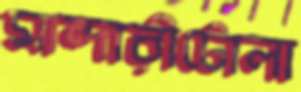
মান্দারীটোলা